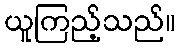
ယူကြည့်သည်။